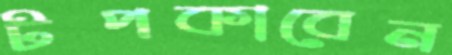
টপকাবেন